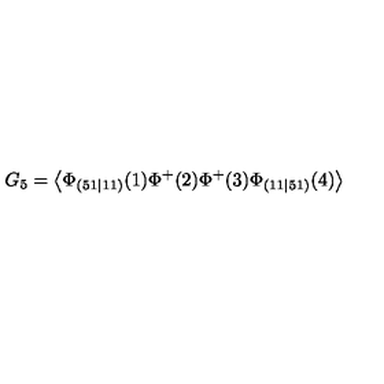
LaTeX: G _ { 5 } = \left\langle \Phi _ { ( 5 1 \mid 1 1 ) } ( 1 ) \Phi ^ { + } ( 2 ) \Phi ^ { + } ( 3 ) \Phi _ { ( 1 1 \mid 5 1 ) } ( 4 ) \right\rangle